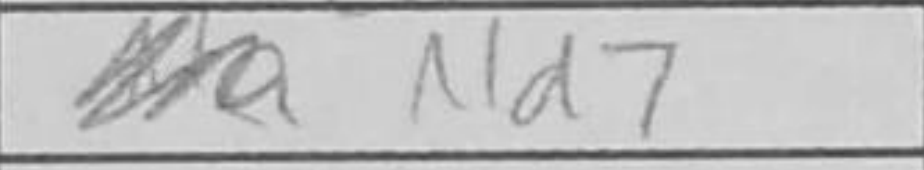
Transcription: Nd7